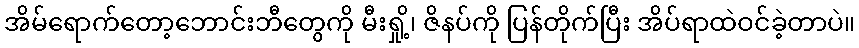
အိမ်ရောက်တော့ဘောင်းဘီတွေကို မီးရှို့၊ ဇိနပ်ကို ပြန်တိုက်ပြီး အိပ်ရာထဲဝင်ခဲ့တာပဲ။